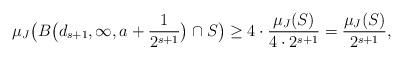
LaTeX: \begin{align*} \mu_J\big(B\big(d_{s+1},\infty,a+\frac{1}{2^{s+1}}\big)\cap S\big)\geq 4\cdot \frac{\mu_J(S)}{4\cdot 2^{s+1}} = \frac{\mu_J(S)}{2^{s+1}}, \end{align*}